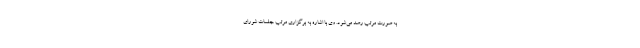
به صورت مرتب رصد می‌شود. وی با اشاره به برگزاری مرتب جلسات شورای